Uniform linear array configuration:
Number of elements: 24
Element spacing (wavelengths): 0.5
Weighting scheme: blackman
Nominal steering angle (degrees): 0
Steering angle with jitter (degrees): -1.989
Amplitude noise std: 0.05
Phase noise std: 0.05

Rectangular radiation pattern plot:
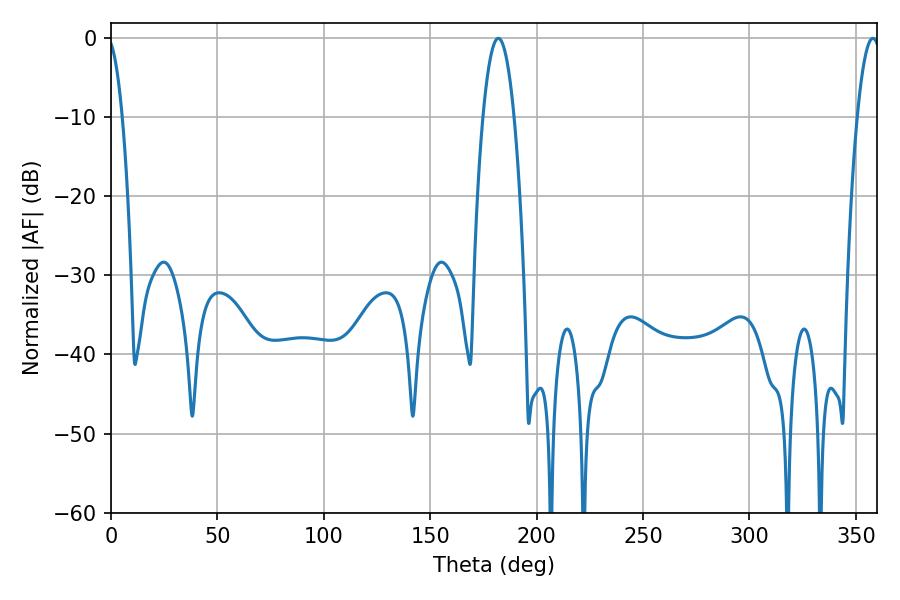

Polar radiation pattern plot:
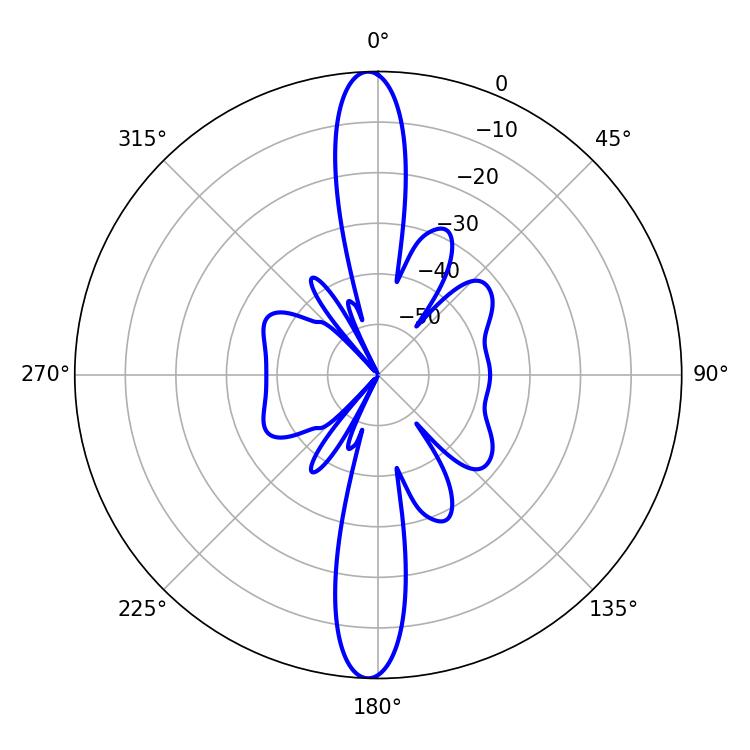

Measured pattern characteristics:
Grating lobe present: FALSE
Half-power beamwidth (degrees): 8.1
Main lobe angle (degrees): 181.98